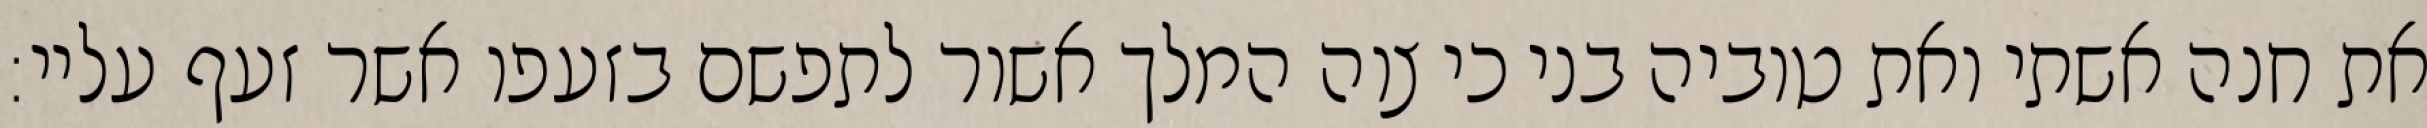
את חנה אשתי ואת טוביה בני כי צוה המלך אשור לתפשם בזעפו אשר זעף עליי: